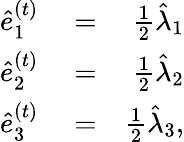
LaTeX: \begin{array}{rlr}{\hat{e}_{1}^{(t)}}&{{}=}&{\frac{1}{2}\hat{\lambda}_{1}}\\ {\hat{e}_{2}^{(t)}}&{{}=}&{\frac{1}{2}\hat{\lambda}_{2}}\\ {\hat{e}_{3}^{(t)}}&{{}=}&{\frac{1}{2}\hat{\lambda}_{3},}\end{array}